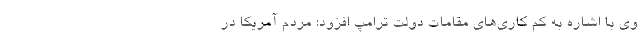
وی با اشاره به کم کاری‌های مقامات دولت ترامپ افزود: مردم آمریکا در